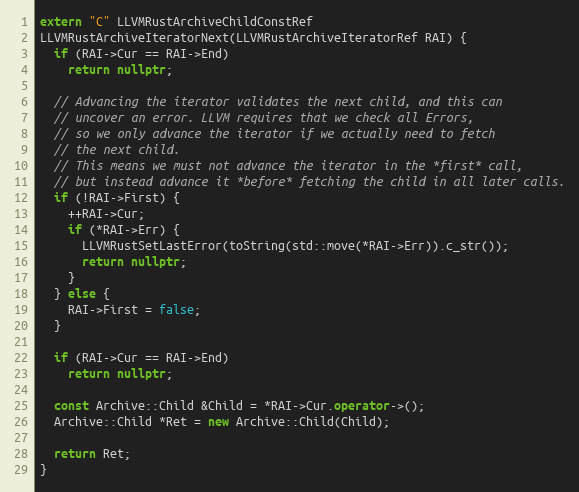
Language: C++
extern "C" LLVMRustArchiveChildConstRef
LLVMRustArchiveIteratorNext(LLVMRustArchiveIteratorRef RAI) {
  if (RAI->Cur == RAI->End)
    return nullptr;

  // Advancing the iterator validates the next child, and this can
  // uncover an error. LLVM requires that we check all Errors,
  // so we only advance the iterator if we actually need to fetch
  // the next child.
  // This means we must not advance the iterator in the *first* call,
  // but instead advance it *before* fetching the child in all later calls.
  if (!RAI->First) {
    ++RAI->Cur;
    if (*RAI->Err) {
      LLVMRustSetLastError(toString(std::move(*RAI->Err)).c_str());
      return nullptr;
    }
  } else {
    RAI->First = false;
  }

  if (RAI->Cur == RAI->End)
    return nullptr;

  const Archive::Child &Child = *RAI->Cur.operator->();
  Archive::Child *Ret = new Archive::Child(Child);

  return Ret;
}